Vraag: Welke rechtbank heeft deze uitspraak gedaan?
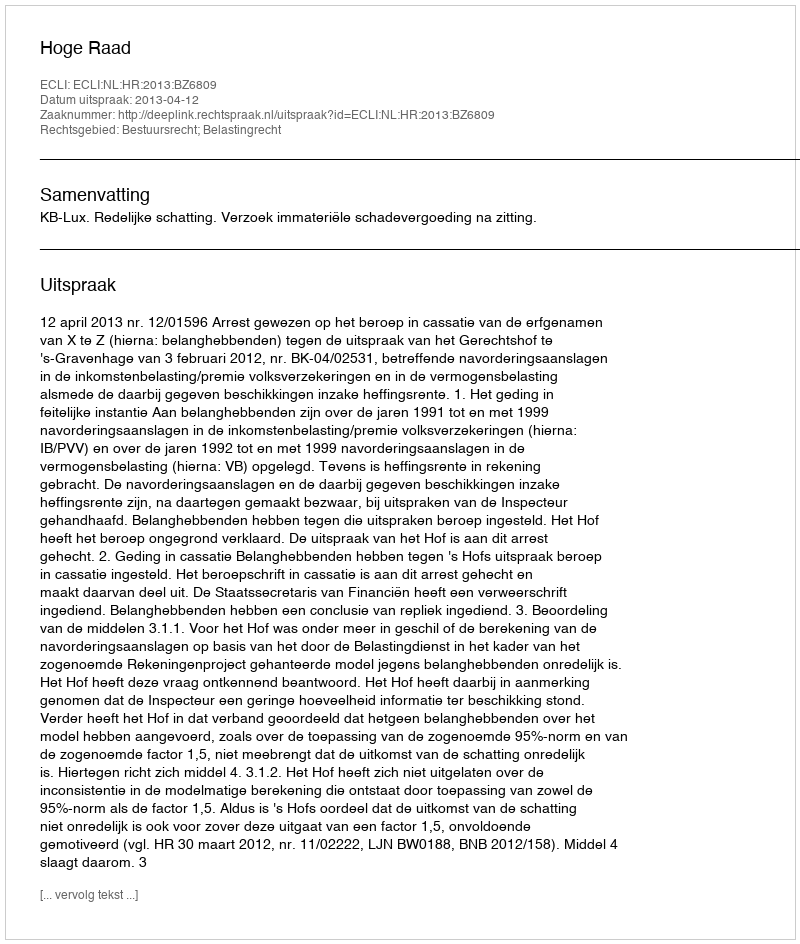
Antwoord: Hoge Raad